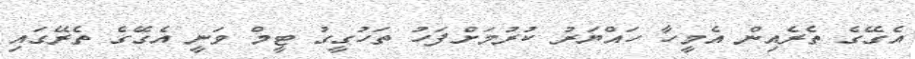
އެގޭގެ ތެރެއިން އެމީހާ ހައްޔަރު ކުރުމަށްފަހު ތަހުގީގު ޓީމް ވަނީ އެގޭގެ ތެރޭގައި